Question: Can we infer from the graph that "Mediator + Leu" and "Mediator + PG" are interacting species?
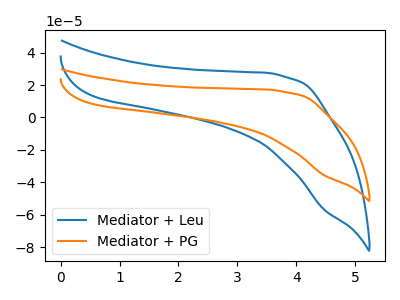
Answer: <think>The blue curve "Mediator + Leu" has no peaks. The orange curve "Mediator + PG" has no peaks.
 Neither "Mediator + Leu" or "Mediator + PG" have any peaks.</think>
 <answer>No, "Mediator + Leu" and "Mediator + PG" don't appear to be significantly different in shape</answer>
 <eval>no_change</eval>